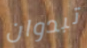
تبدوان